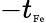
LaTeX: -t_{\textrm{\tiny{Fe}}}